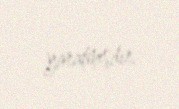
yaratmışdır.